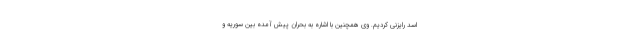
اسد رایزنی کردیم. وی همچنین با اشاره به بحران پیش آمده بین سوریه و